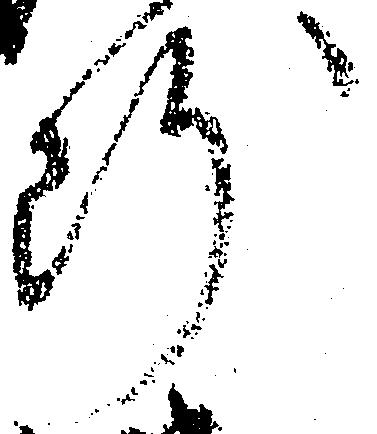
断